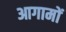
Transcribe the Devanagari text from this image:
आगामों